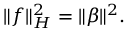
\| f \| _ { H } ^ { 2 } = \| \beta \| ^ { 2 } .